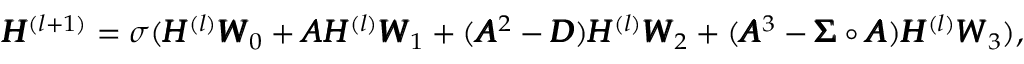
\begin{array} { r } { \pmb { H } ^ { ( l + 1 ) } = \sigma ( \pmb { H } ^ { ( l ) } \pmb { W } _ { 0 } + \pmb { A } \pmb { H } ^ { ( l ) } \pmb { W } _ { 1 } + ( \pmb { A } ^ { 2 } - \pmb { D } ) \pmb { H } ^ { ( l ) } \pmb { W } _ { 2 } + ( \pmb { A } ^ { 3 } - \pmb { \Sigma } \circ \pmb { A } ) \pmb { H } ^ { ( l ) } \pmb { W } _ { 3 } ) , } \end{array}